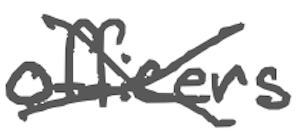
Text: officers
Cross-out: cross
Writing tool: digital_gray